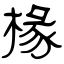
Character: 椽